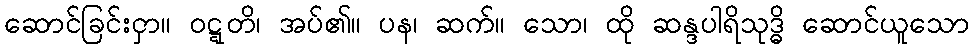
ဆောင်ခြင်းငှာ။ ဝဋ္ဋတိ၊ အပ်၏။ ပန၊ ဆက်။ သော၊ ထို ဆန္ဒပါရိသုဒ္ဓိ ဆောင်ယူသော